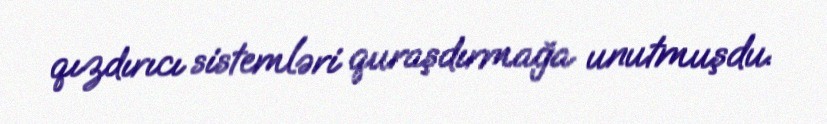
qızdırıcı sistemləri quraşdırmağa unutmuşdu.